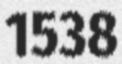
1538